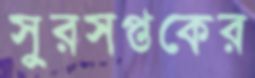
সুরসপ্তকের